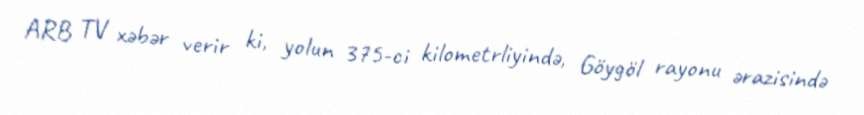
ARB TV xəbər verir ki, yolun 375-ci kilometrliyində, Göygöl rayonu ərazisində